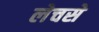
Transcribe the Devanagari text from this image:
लेचसे